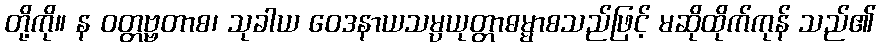
တို့ကို။ န ဝတ္တဗ္ဗတာစ၊ သုခါယ ဝေဒနာယသမ္ပယုတ္တာဓမ္မာစသည်ဖြင့် မဆိုထိုက်ကုန် သည်၏